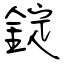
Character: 錠